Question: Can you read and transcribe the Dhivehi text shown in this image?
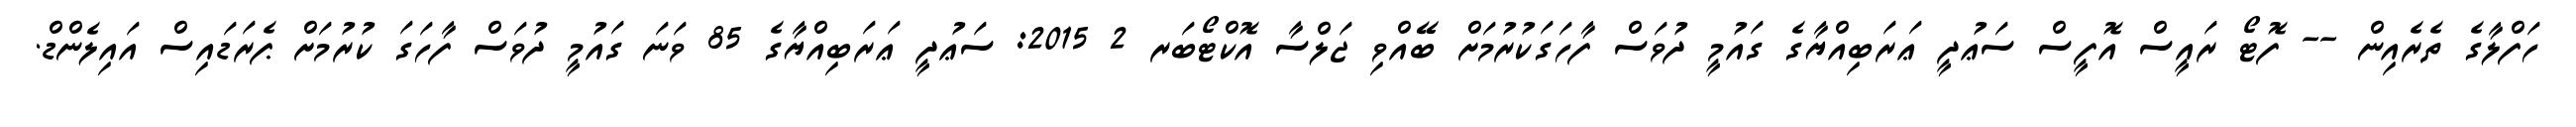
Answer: ހަފްލާގެ ތެރެއިން -- ފޮޓޯ ރައީސް އޮފީސް ސަޢުދީ ޢަރަބިއްޔާގެ ގައުމީ ދުވަސް ފާހަގަކުރުމަށް ބޭއްވި ޖަލްސާ އޮކްޓޯބަރ 2 2015: ސަޢުދީ ޢަރަބިއްޔާގެ 85 ވަނަ ގައުމީ ދުވަސް ފާހަގަ ކުރުމަށް ޕެރަޑައިސް އައިލެންޑް.